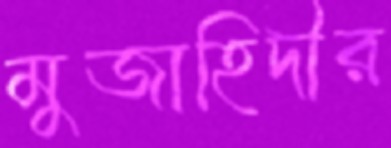
মুজাহিদীর